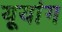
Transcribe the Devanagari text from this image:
यूयांग